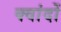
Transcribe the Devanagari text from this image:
क्वांदों